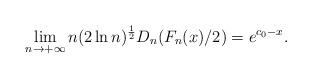
LaTeX: \begin{align*}\lim_{n\to+\infty}n(2\ln n)^{\frac{1}{2}} D_n(F_n(x)/2)=e^{c_0-x}.\end{align*}